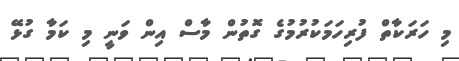
މި ހަރަކާތް ފުރިހަމަކުރުމުގެ ގޮތުން މާސް އިން ވަނީ މި ކަމާ ގުޅޭ